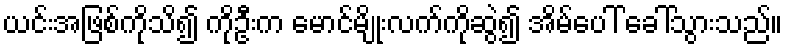
ယင်းအဖြစ်ကိုသိ၍ ကိုဦးက မောင်မျိုးလက်ကိုဆွဲ၍ အိမ်ပေါ် ခေါ်သွားသည်။